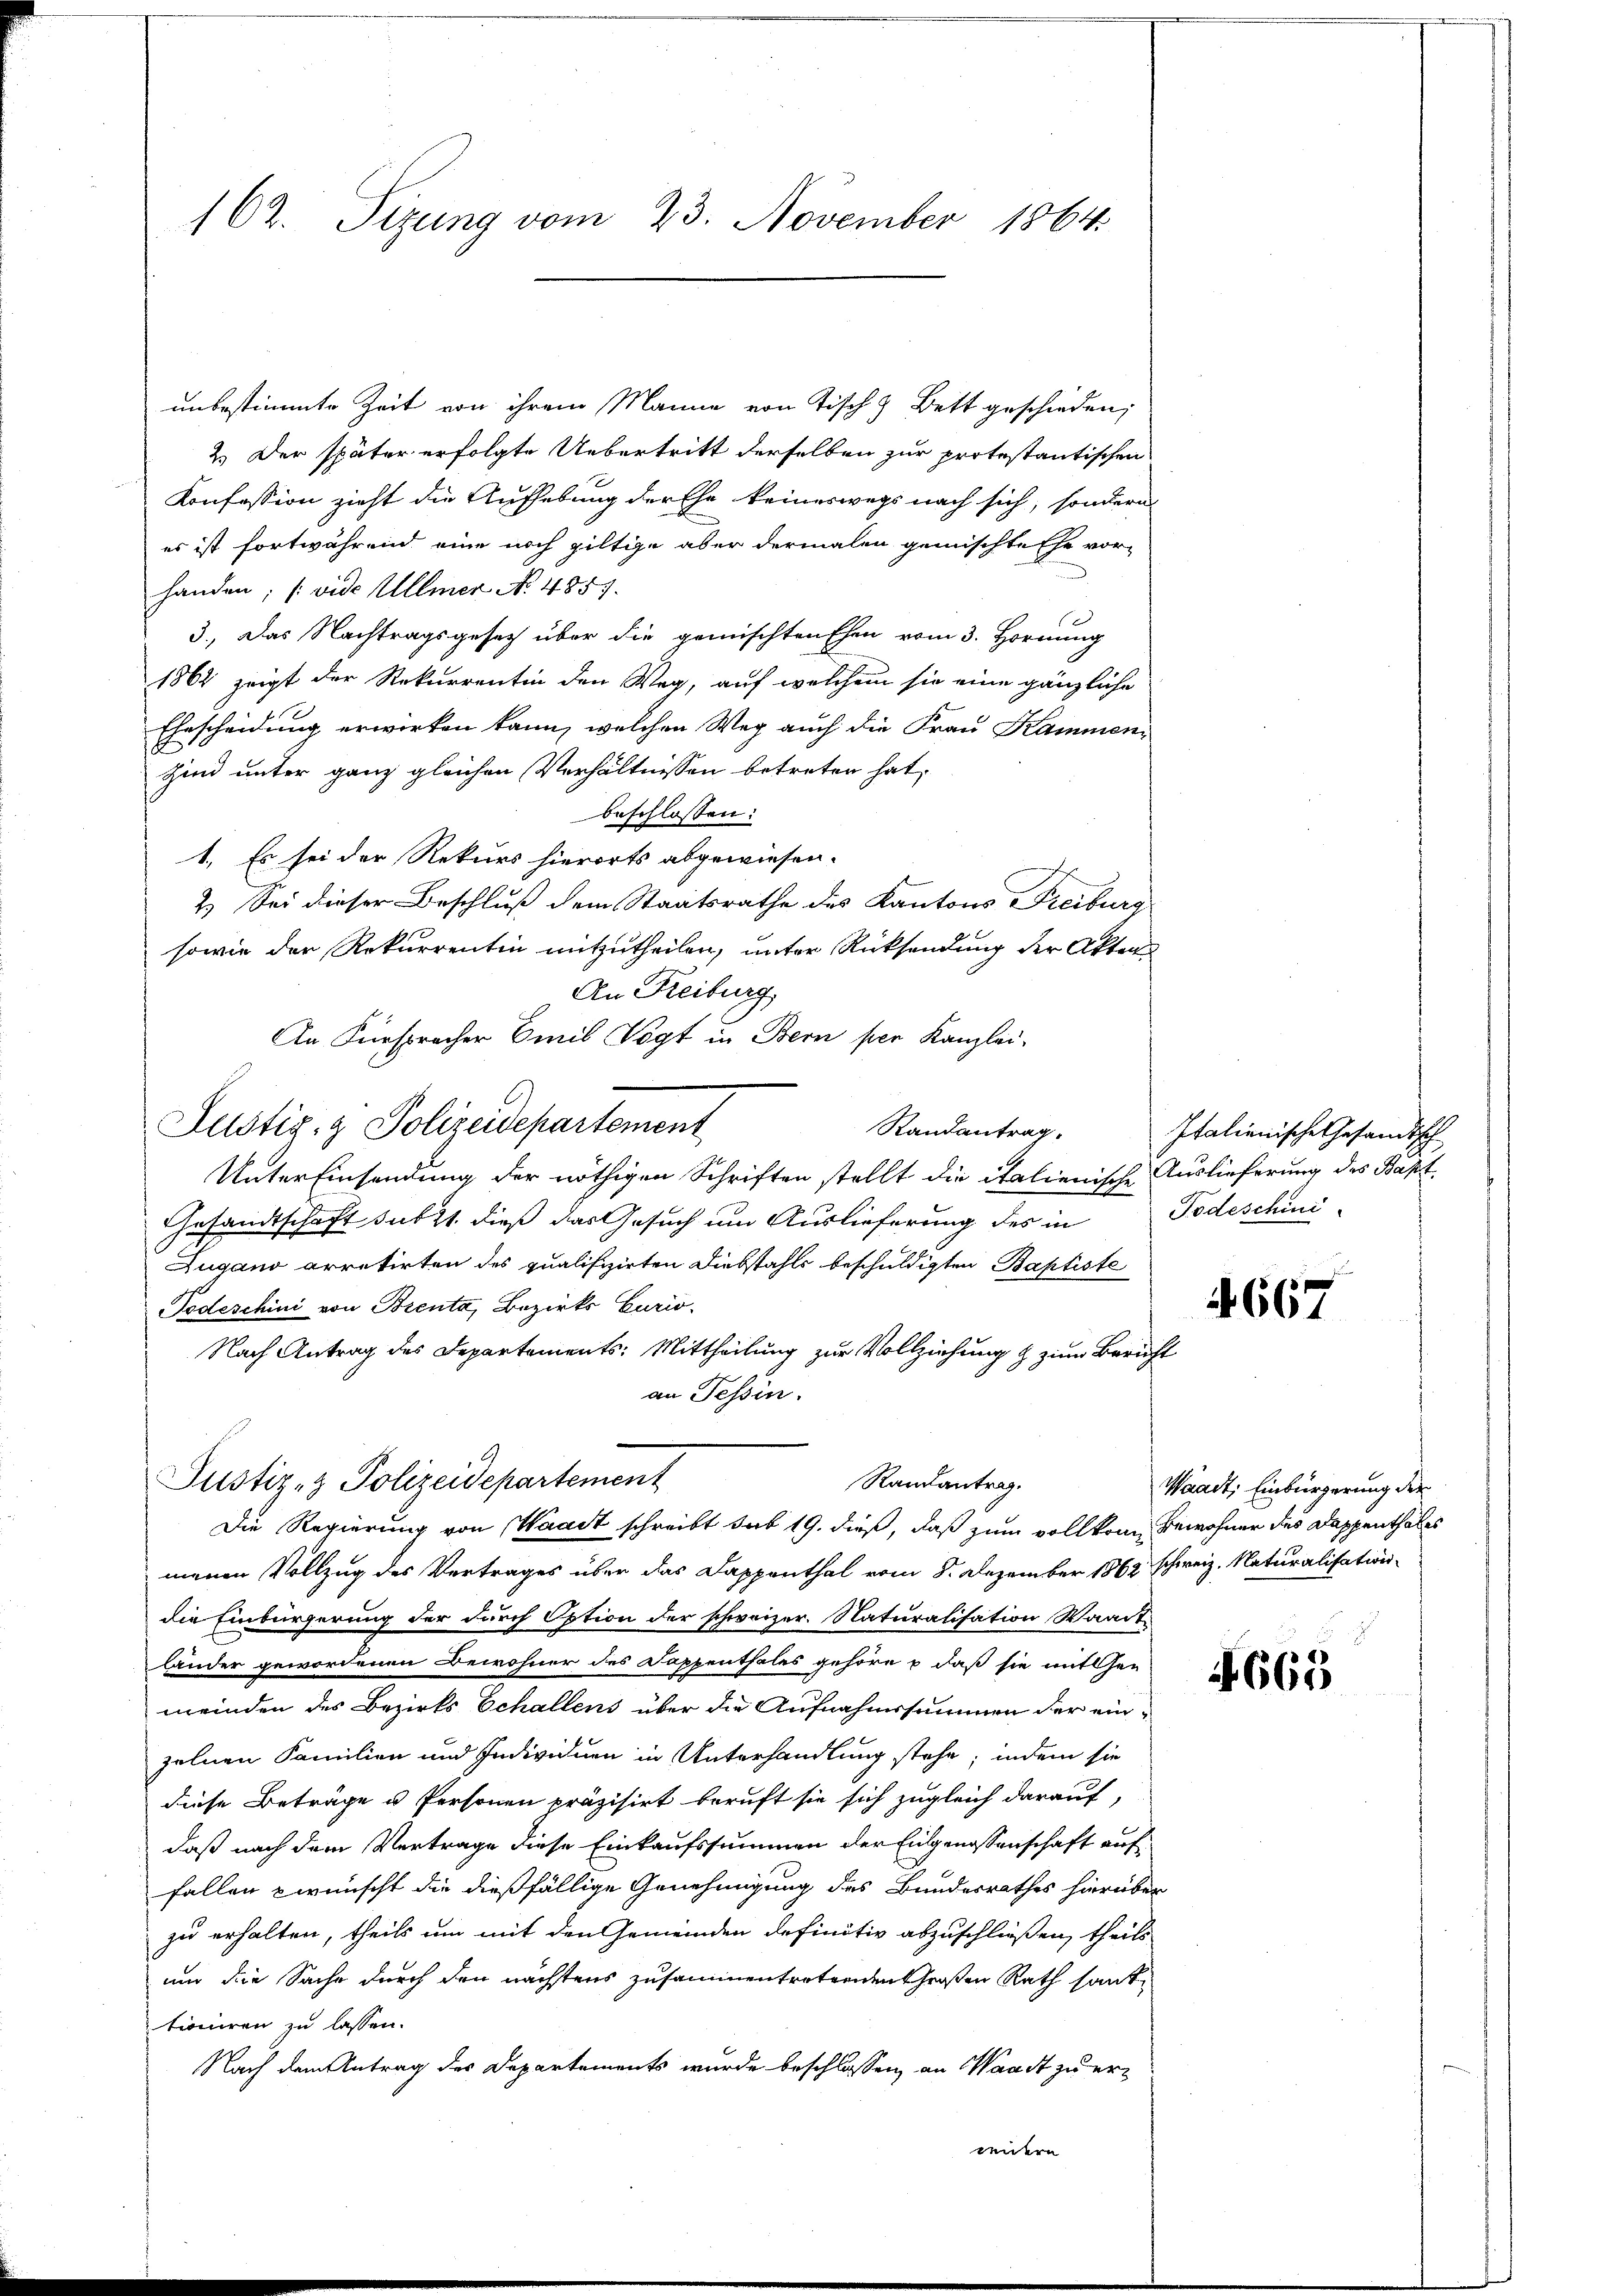
162. Sizung vom 23. November 1864.

unbestimmte Zeit von ihrem Manne von Tisch & Bett geschieden,
2.) Der später erfolgte Uebertritt derselben zur protestantischen
Konfession zieht die Aufhebung der Ehe keineswegs nach sich, sondern
es ist fortwährend eine noch giltige aber dermalen gemischte Ehe vor-
handen; (vide Ullmer No. 4857.
3.) Das Nachtragsgesetz über die gemischten Ehen vom 3. Hornung
1862 zeigt der Rekurrentin den Weg, auf welchem sie eine gänzliche
Ehescheidung erwirken kann, welchen Weg auch die Frau Kammen-
Zind unter ganz gleichen Verhältnissen betreten hat,
beschlossen:
1. Es sei der Rekurs hierorts abgewiesen.
2.) Sei dieser Beschluß dem Staatsrathe des Kantons Freiburg
sowie der Rekurrentin mitzutheilen, unter Rücksendung der Akten
An Reiburg
An Fürspracher Emil Vogt in Bern per Kanzlei-
Justiz- & Polizeidepartement
Randantrag.
Untereinsendung der nöthigen Schriften stellt die italienische Auslieferung des Bapt
Gesandtschaft subst dieß das Gesuch um Auslieferung des in Todeschini-
Zugano arretirten des qualifizirten Diebstahls beschuldigten Baptiste
Todeschini von Bienta, Bezirks Curio.
Nach Antrag des Departements: Mittheilung zur Vollziehung & zum Bericht
an Tessin.

Justiz- & Polizeidepartement
Randantrag.
Die Regierung von Waadt schreibt sub 19. dieß, daß zum vollkom Bewohner des Dappenthales

menen Vollzug des Vertrages über das Dappenthal vom 8. Dezember 1862 schweiz. Naturalisationdie Einbürgerung der durch Option der schweizer. Naturalisation Waadt-
länder gewordenen Bewohner des Dappenthales gehöre & daß sie mithen
meinden des Bezirks Echallens über die Aufnahmssummen der einzelnen Familien und Individuen in Unterhandlung stehe; indem sie
diese Beträge u. Personen präzisirt beruft sie sich zugleich darauf,
daß nach dem Vertrage diese Einkaufssummen der Eidgenossenschaft auf
fallen wünscht die dießfällige Genehmigung des Bundesrathes hierüber
zu erhalten, theils um mit den Gemeinden definitiv abzuschließen, theils
um die Sache durch den nächstens zusammentretenden Großen Rath sant
tioniren zu lassen.
Nach dem Antrag des Departements wurde beschlossen, an Waadt zu erneidern

Italienische Gesandtsch

4667

Waadt, Einbürgerung der

663